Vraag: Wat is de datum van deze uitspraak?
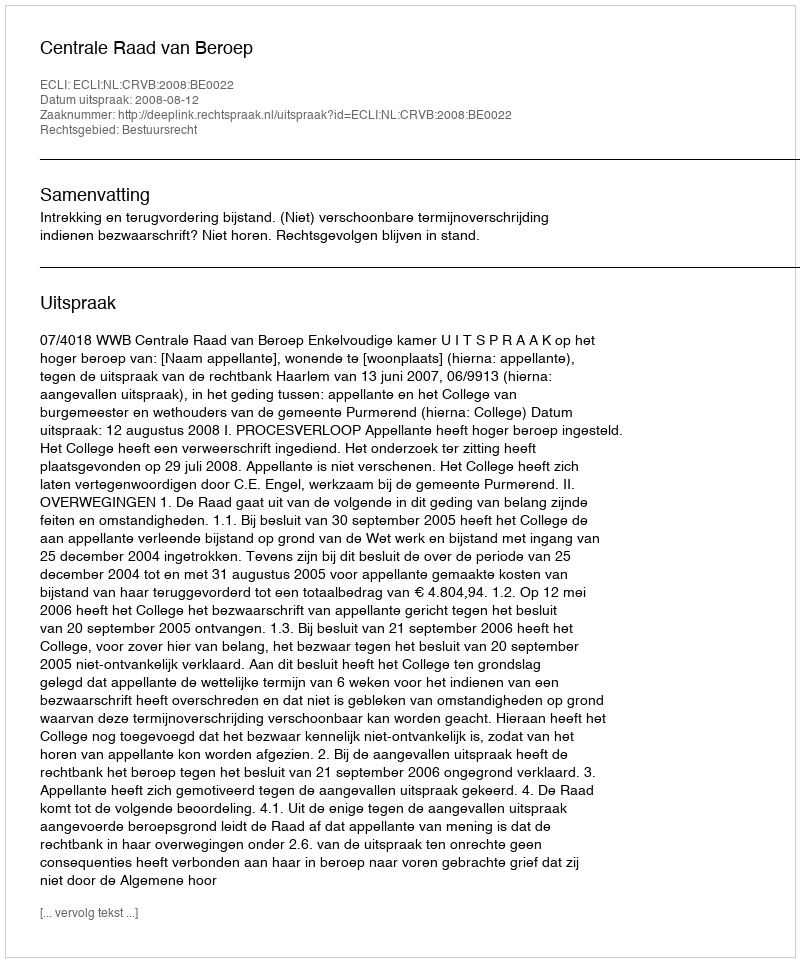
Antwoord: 2008-08-12